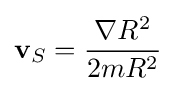
\mathbf {v} _{S}={\frac {\nabla R^{2}}{2mR^{2}}}